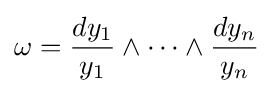
\omega ={dy_{1} \over y_{1}}\wedge \dots \wedge {dy_{n} \over y_{n}}